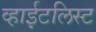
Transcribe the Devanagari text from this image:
व्हाईटलिस्ट